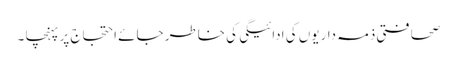
صحافتی ذمہ داریوں کی ادائیگی کی خاطر جائے احتجاج پر پہنچا ۔